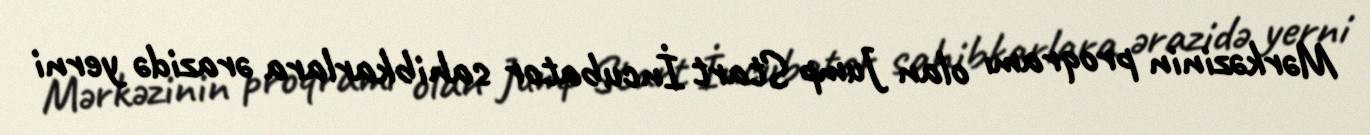
Mərkəzinin proqramı olan Jump Start İncubator sahibkarlara ərazidə yerni